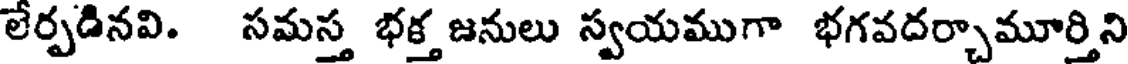
లేర్పడినవి. సమస్త భక్త జనులు స్వయముగా భగవదర్చామూర్తిని